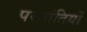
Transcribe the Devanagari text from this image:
परप्रांतियों